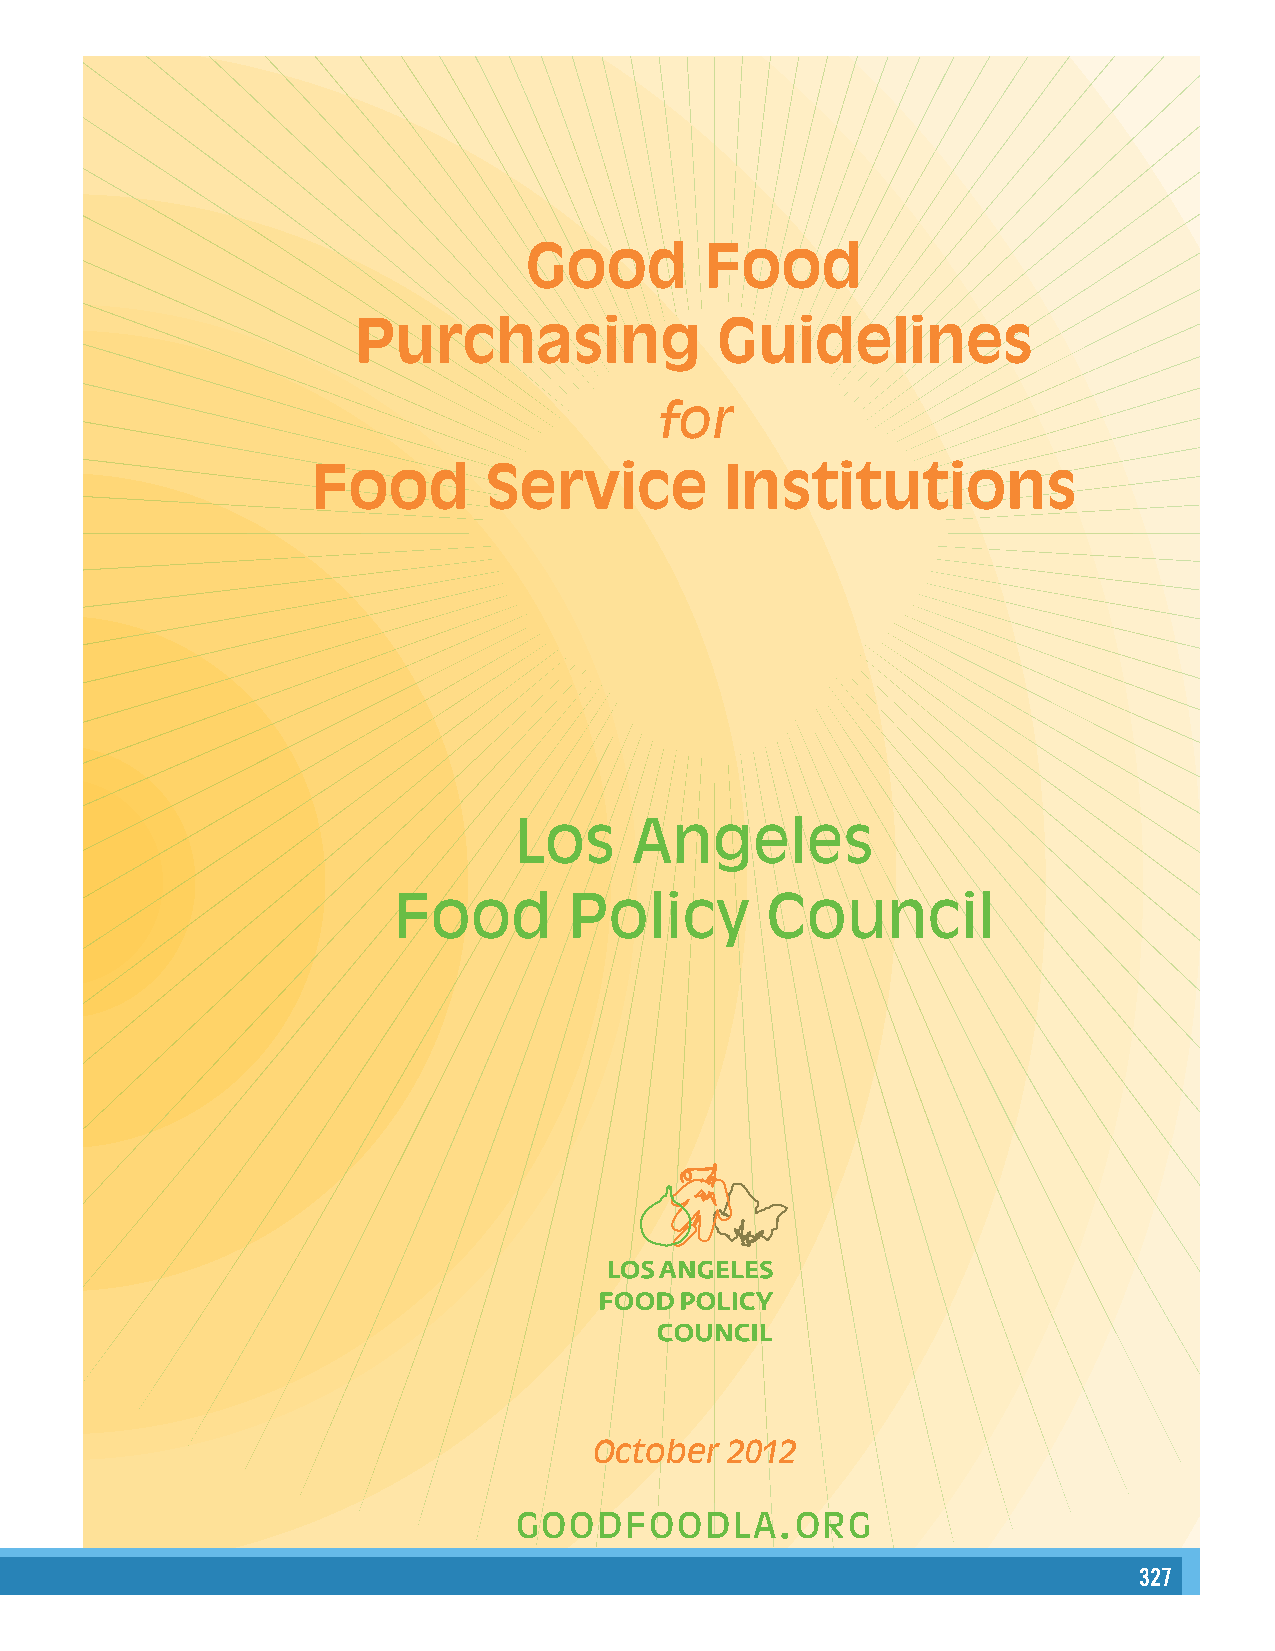
Good        Food
 Purchasing              Guidelines
 for
 Food       Service         Institutions
 Los     Angeles
 Food        Policy       Council
 October  2012
 .
 GOODFOODLA         ORG
 327
 3